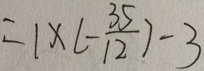
= 1 \times ( - \frac { 3 5 } { 1 2 } ) - 3